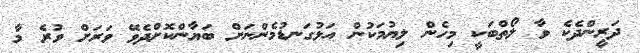
ދަރީންދެކެ ވާ ލޯތްބަކީ މިހެން ލިޔުމަކުން އަޅުގަނޑުމެންނަށް ބަޔާންކޮށްދެވޭ ވަރަށް ވުރެ މާ